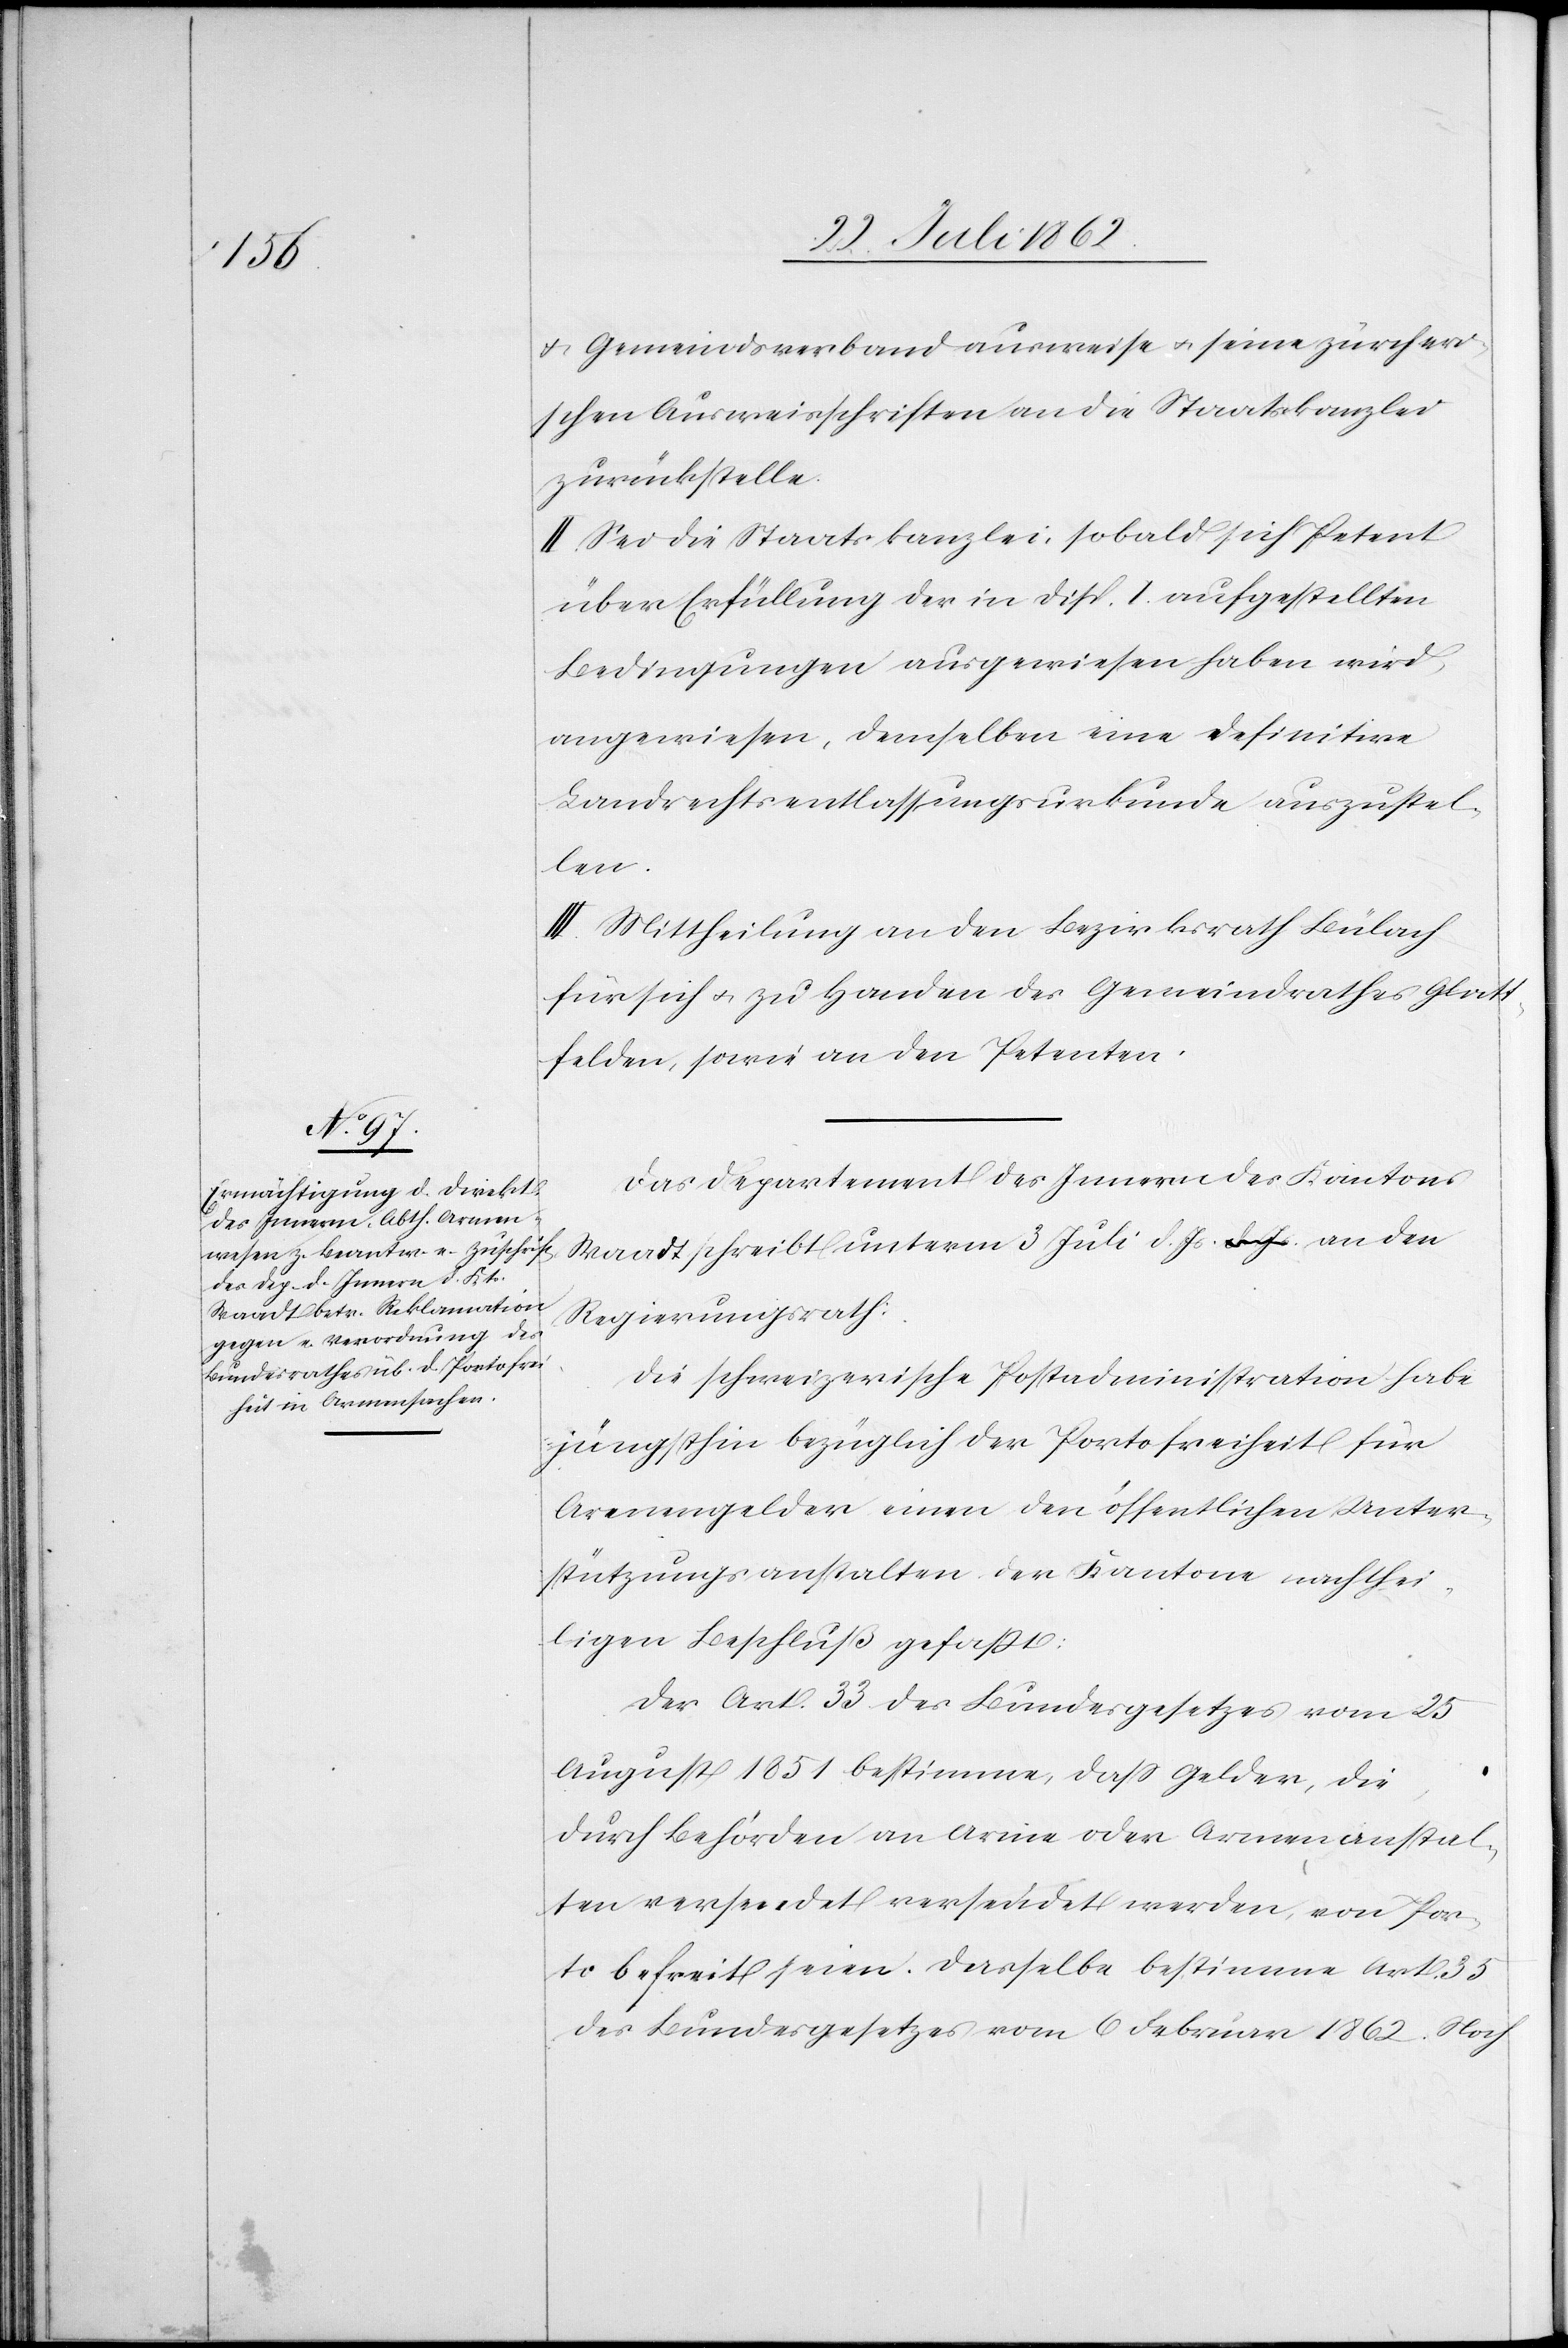
u. Gemeindsverband ausweise u. seine zürcheri¬
schen Ausweisschriften an die Staatskanzlei
zurückstelle.
II. Sei die Staatskanzlei, sobald sich Petent
über Erfüllung der in Disp. I. aufgestellten
Bedingungen ausgewiesen haben wird,
angewiesen, demselben eine definitive
Landrechtsentlassungsurkunde auszustel¬
len.
III. Mittheilung an den Bezirksrath Bülach
für sich u. zu Handen des Gemeindrathes Glatt¬
felden, sowie an den Petenten.
Das Departement des Innern des Kantons
Waadt schreibt unterm 3. Juli d. Js. an den
Regierungsrath:
Die schweizerische Postadministration habe
jüngsthin bezüglich der Portofreiheit für
Armengelder einen den öffentlichen Unter¬
stützungsanstalten der Kantone nachthei¬
ligen Beschluß gefaßt:
Der Art. 33 des Bundesgesetzes vom 25.
August bestimme, daß Gelder, die
durch Behörden an Arme oder Armenanstal¬
ten versendet versendet [sic!] werden, von Por¬
to befreit seien. Dasselbe bestimme Art. 35
des Bundesgesetzes vom 6. Februar 1862. Noch